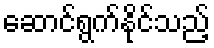
ဆောင်ရွက်နိုင်သည့်